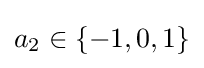
\textstyle a_{2}\in \{-1,0,1\}